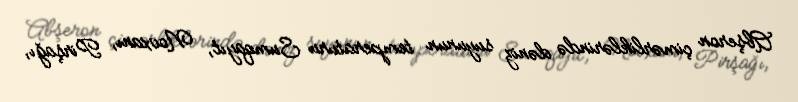
Abşeron çimərliklərində dəniz suyunun temperaturu Sumqayıt, Novxanı, Pirşağı,